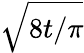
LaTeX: \sqrt{8t/\pi}